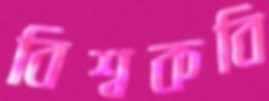
বিশ্বকবি